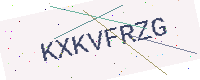
Text: KXKVFRZG